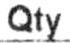
QTY